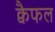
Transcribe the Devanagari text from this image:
क्वैफल